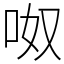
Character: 呶